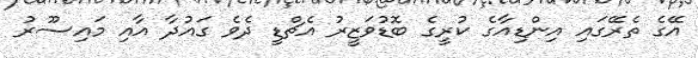
އޭގެ ތެރޭގައި އިންޑިއާގެ ކުރީގެ ބޮޑުވަޒީރު އެޗްޑީ ދެވެ ގައުދާ އާއި މައިސޫރު